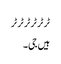
ٹر ٹر ٹر ٹر ٹر ٹر
ہیں جی۔